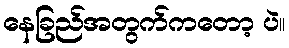
နေခြည်အတွက်ကတော့ ပဲ။